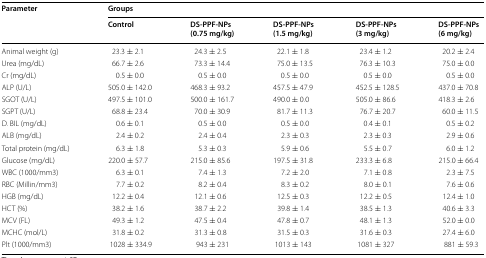
<table><thead><tr><td rowspan="2"><b>Parameter</b></td><td colspan="5"><b>Groups</b></td></tr><tr><td><b>Control</b></td><td><b>DS-PPF-NPs (0.75 mg/kg)</b></td><td><b>DS-PPF-NPs (1.5 mg/kg)</b></td><td><b>DS-PPF-NPs (3 mg/kg)</b></td><td><b>DS-PPF-NPs (6 mg/kg)</b></td></tr></thead><tbody><tr><td>Animal weight (g)</td><td>23.3 ± 2.1</td><td>24.3 ± 2.5</td><td>22.1 ± 1.8</td><td>23.4 ± 1.2</td><td>20.2 ± 2.4</td></tr><tr><td>Urea (mg/dL)</td><td>66.7 ± 2.6</td><td>73.3 ± 14.4</td><td>75.0 ± 13.5</td><td>76.3 ± 10.3</td><td>75.0 ± 0.0</td></tr><tr><td>Cr (mg/dL)</td><td>0.5 ± 0.0</td><td>0.5 ± 0.0</td><td>0.5 ± 0.0</td><td>0.5 ± 0.0</td><td>0.5 ± 0.0</td></tr><tr><td>ALP (U/L)</td><td>505.0 ± 142.0</td><td>468.3 ± 93.2</td><td>457.5 ± 47.9</td><td>452.5 ± 128.5</td><td>437.0 ± 70.8</td></tr><tr><td>SGOT (U/L)</td><td>497.5 ± 101.0</td><td>500.0 ± 161.7</td><td>490.0 ± 0.0</td><td>505.0 ± 86.6</td><td>418.3 ± 2.6</td></tr><tr><td>SGPT (U/L)</td><td>68.8 ± 23.4</td><td>70.0 ± 30.9</td><td>81.7 ± 11.3</td><td>76.7 ± 20.7</td><td>60.0 ± 11.5</td></tr><tr><td>D. BIL (mg/dL)</td><td>0.6 ± 0.1</td><td>0.5 ± 0.0</td><td>0.5 ± 0.0</td><td>0.4 ± 0.1</td><td>0.5 ± 0.2</td></tr><tr><td>ALB (mg/dL)</td><td>2.4 ± 0.2</td><td>2.4 ± 0.4</td><td>2.3 ± 0.3</td><td>2.3 ± 0.3</td><td>2.9 ± 0.6</td></tr><tr><td>Total protein (mg/dL)</td><td>6.3 ± 1.8</td><td>5.3 ± 0.3</td><td>5.9 ± 0.6</td><td>5.5 ± 0.7</td><td>6.0 ± 1.2</td></tr><tr><td>Glucose (mg/dL)</td><td>220.0 ± 57.7</td><td>215.0 ± 85.6</td><td>197.5 ± 31.8</td><td>233.3 ± 6.8</td><td>215.0 ± 66.4</td></tr><tr><td>WBC (1000/mm3)</td><td>6.3 ± 0.1</td><td>7.4 ± 1.3</td><td>7.2 ± 2.0</td><td>7.1 ± 0.8</td><td>2.3 ± 7.5</td></tr><tr><td>RBC (Millin/mm3)</td><td>7.7 ± 0.2</td><td>8.2 ± 0.4</td><td>8.3 ± 0.2</td><td>8.0 ± 0.1</td><td>7.6 ± 0.6</td></tr><tr><td>HGB (mg/dL)</td><td>12.2 ± 0.4</td><td>12.1 ± 0.6</td><td>12.5 ± 0.3</td><td>12.2 ± 0.5</td><td>12.4 ± 1.0</td></tr><tr><td>HCT (%)</td><td>38.2 ± 1.6</td><td>38.7 ± 2.2</td><td>39.8 ± 1.4</td><td>38.5 ± 1.3</td><td>40.6 ± 3.3</td></tr><tr><td>MCV (FL)</td><td>49.3 ± 1.2</td><td>47.5 ± 0.4</td><td>47.8 ± 0.7</td><td>48.1 ± 1.3</td><td>52.0 ± 0.0</td></tr><tr><td>MCHC (mol/L)</td><td>31.8 ± 0.2</td><td>31.3 ± 0.8</td><td>31.5 ± 0.3</td><td>31.6 ± 0.3</td><td>27.4 ± 6.0</td></tr><tr><td>Plt (1000/mm3)</td><td>1028 ± 334.9</td><td>943 ± 231</td><td>1013 ± 143</td><td>1081 ± 327</td><td>881 ± 59.3</td></tr></tbody></table>